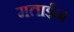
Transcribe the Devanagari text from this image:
मताईन